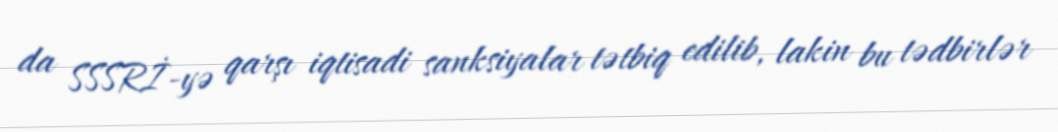
da SSSRİ-yə qarşı iqtisadi sanksiyalar tətbiq edilib, lakin bu tədbirlər